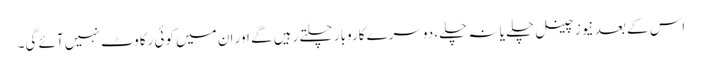
اس کے بعد نیوز چینل چلے یا نہ چلے، دوسرے کاروبار چلتے رہیں گے اور ان میں کوئی رکاوٹ نہیں آئے گی۔